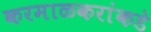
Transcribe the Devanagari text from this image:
करमाळकरांकडे